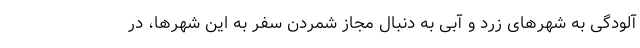
آلودگی به شهرهای زرد و آبی به دنبال مجاز شمردن سفر به این شهرها، در